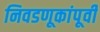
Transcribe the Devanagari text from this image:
निवडणूकांपूर्वी